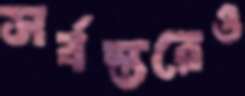
সর্বস্তরেও